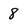
Character: 8